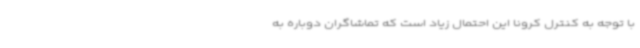
با توجه به کنترل کرونا این احتمال زیاد است که تماشاگران دوباره به